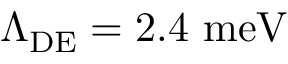
\Lambda _ { \mathrm { D E } } = 2 . 4 ~ \mathrm { m e V }